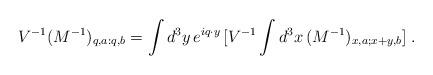
LaTeX: \begin{align*}V^{-1}(M^{-1})_{q,a:q,b} =\int d^3y \, e^{iq\cdot y}\, [V^{-1} \int d^3x \, (M^{-1})_{x,a;x+y,b}]\;\mbox{.}\end{align*}